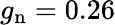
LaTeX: g_{\mathrm{n}}=0.26